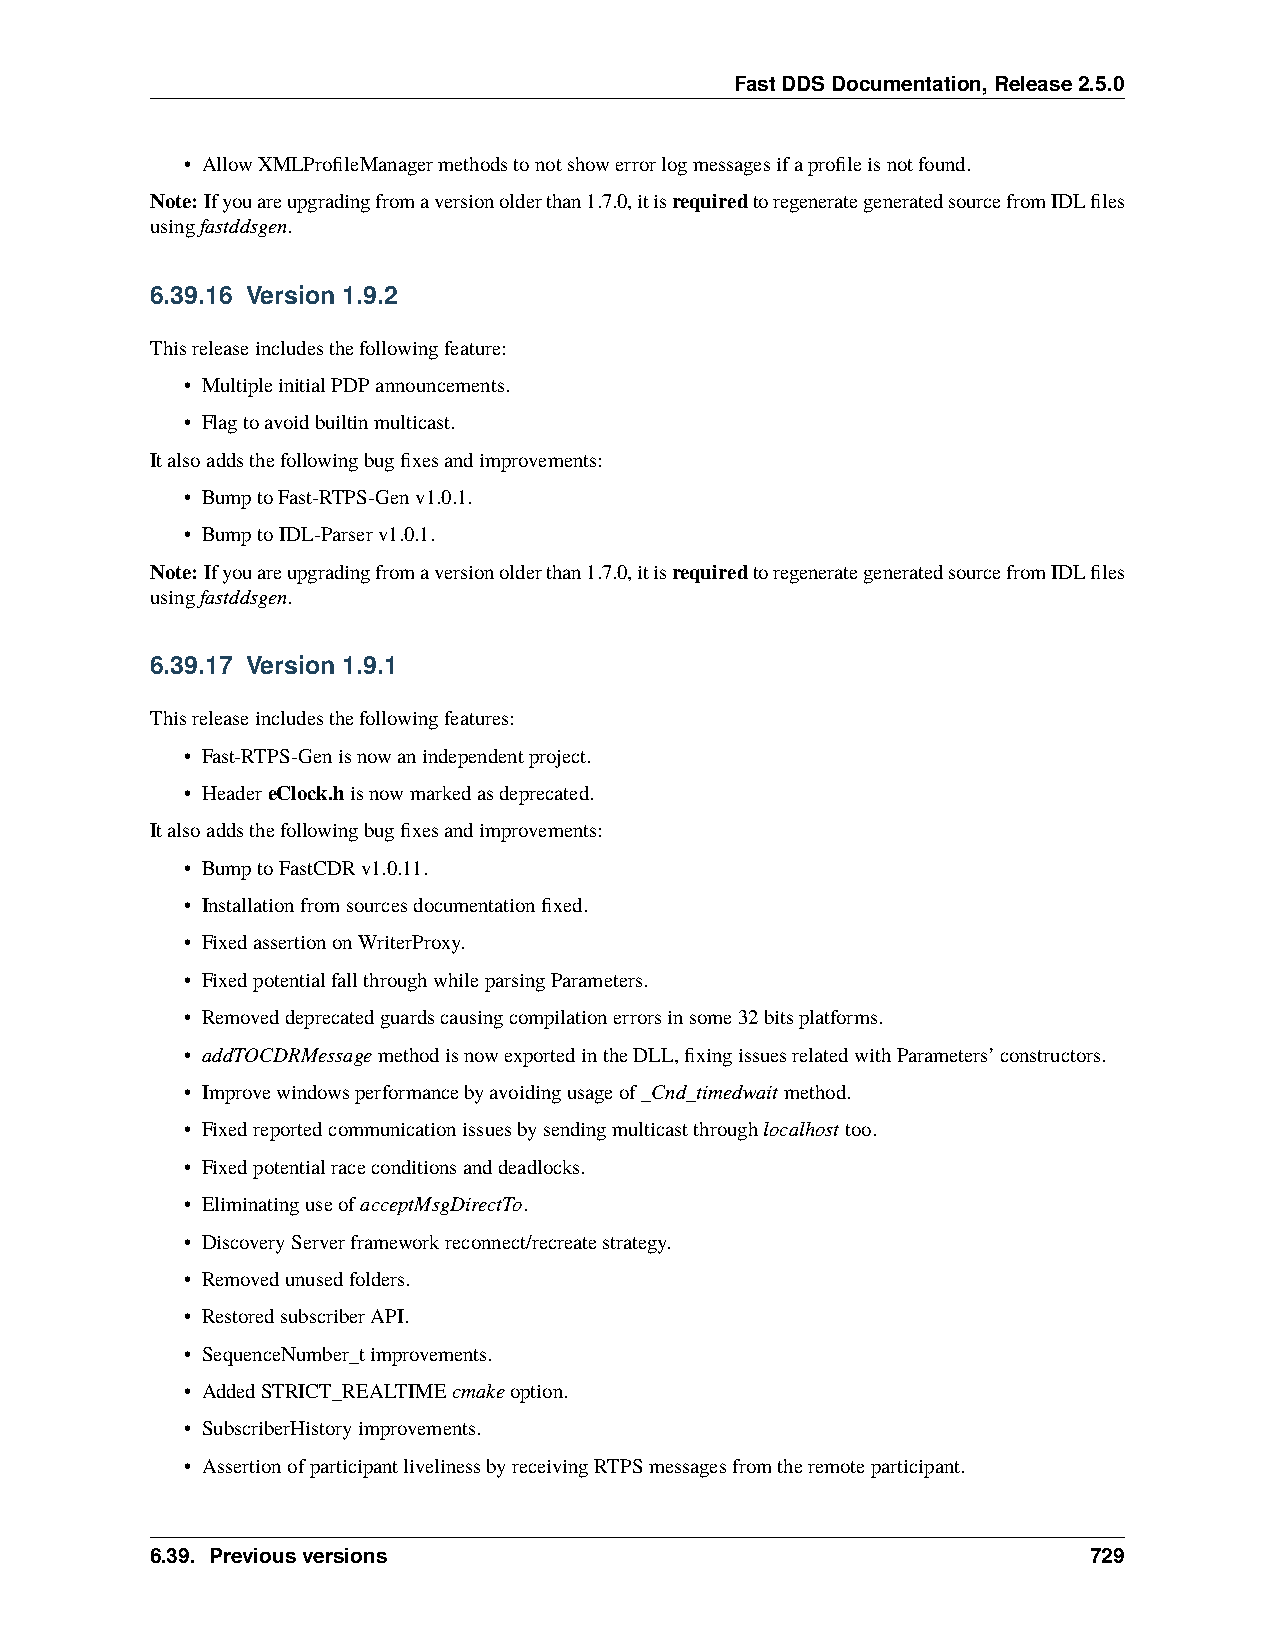
FastDDSDocumentation,Release2.5.0
 • AllowXMLProfileManagermethodstonotshowerrorlogmessagesifaprofileisnotfound.
 Note: Ifyouareupgradingfromaversionolderthan1.7.0,itisrequiredtoregenerategeneratedsourcefromIDLfiles
 usingfastddsgen.
 6.39.16 Version 1.9.2
 Thisreleaseincludesthefollowingfeature:
 • MultipleinitialPDPannouncements.
 • Flagtoavoidbuiltinmulticast.
 Italsoaddsthefollowingbugfixesandimprovements:
 • BumptoFast-RTPS-Genv1.0.1.
 • BumptoIDL-Parserv1.0.1.
 Note: Ifyouareupgradingfromaversionolderthan1.7.0,itisrequiredtoregenerategeneratedsourcefromIDLfiles
 usingfastddsgen.
 6.39.17 Version 1.9.1
 Thisreleaseincludesthefollowingfeatures:
 • Fast-RTPS-Genisnowanindependentproject.
 • HeadereClock.hisnowmarkedasdeprecated.
 Italsoaddsthefollowingbugfixesandimprovements:
 • BumptoFastCDRv1.0.11.
 • Installationfromsourcesdocumentationfixed.
 • FixedassertiononWriterProxy.
 • FixedpotentialfallthroughwhileparsingParameters.
 • Removeddeprecatedguardscausingcompilationerrorsinsome32bitsplatforms.
 • addTOCDRMessagemethodisnowexportedintheDLL,fixingissuesrelatedwithParameters’constructors.
 • Improvewindowsperformancebyavoidingusageof_Cnd_timedwaitmethod.
 • Fixedreportedcommunicationissuesbysendingmulticastthroughlocalhosttoo.
 • Fixedpotentialraceconditionsanddeadlocks.
 • EliminatinguseofacceptMsgDirectTo.
 • DiscoveryServerframeworkreconnect/recreatestrategy.
 • Removedunusedfolders.
 • RestoredsubscriberAPI.
 • SequenceNumber_timprovements.
 • AddedSTRICT_REALTIMEcmakeoption.
 • SubscriberHistoryimprovements.
 • AssertionofparticipantlivelinessbyreceivingRTPSmessagesfromtheremoteparticipant.
 6.39. Previousversions                                        729